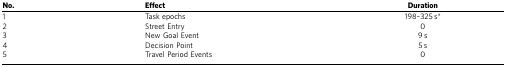
<table><thead><tr><td><b>No.</b></td><td><b>Effect</b></td><td><b>Duration</b></td></tr></thead><tbody><tr><td>1</td><td>Task epochs</td><td>198–325 s*</td></tr><tr><td>2</td><td>Street Entry</td><td>0</td></tr><tr><td>3</td><td>New Goal Event</td><td>9 s</td></tr><tr><td>4</td><td>Decision Point</td><td>5 s</td></tr><tr><td>5</td><td>Travel Period Events</td><td>0</td></tr></tbody></table>